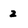
Character: 2